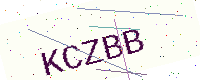
Text: KCZBB